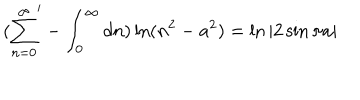
LaTeX: ( { \sum _ { n = 0 } ^ { \infty } } ^ { \prime } - \int _ { 0 } ^ { \infty } d n ) \ln ( n ^ { 2 } - a ^ { 2 } ) = \ln | 2 \sin \pi a |